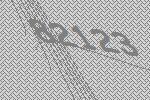
82123